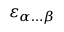
\varepsilon _ { \alpha \dots \beta }